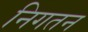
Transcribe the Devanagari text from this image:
निगतन